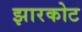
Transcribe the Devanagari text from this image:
झारकोट